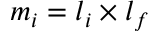
m _ { i } = l _ { i } \times l _ { f }